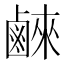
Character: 𮭮